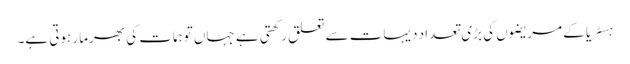
ہسٹریا کے مریضوں کی بڑی تعداد دیہات سے تعلق رکھتی ہے جہاں توہمات کی بھرمار ہوتی ہے۔